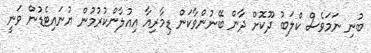
ބުނި ނަމަވެސް ކްލަބު ދޫކޮށް ދާން ބޭނުންވާކަން ޑިމާރިއާ އިއުލާންކުރުމުން ޔުނައިޓެޑުން ވަނީ